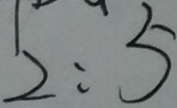
2 : 5